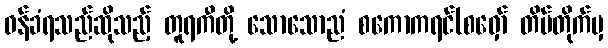
ဝန်ခံရသည်ဆိုသည့် တူရကီတို့ သောသောညံ စကောကရင်(စဝှော် တိမ်တိုက်မှ